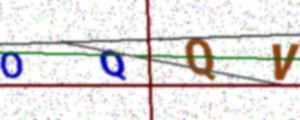
Text: OQQV